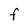
Character: F